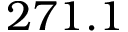
2 7 1 . 1